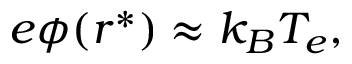
\begin{array} { r } { e \phi ( r ^ { * } ) \approx k _ { B } T _ { e } , } \end{array}